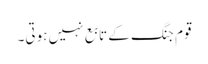
قوم جنگ کے تابع نہیں ہوتی۔